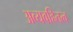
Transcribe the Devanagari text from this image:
अव्यवहितत्व